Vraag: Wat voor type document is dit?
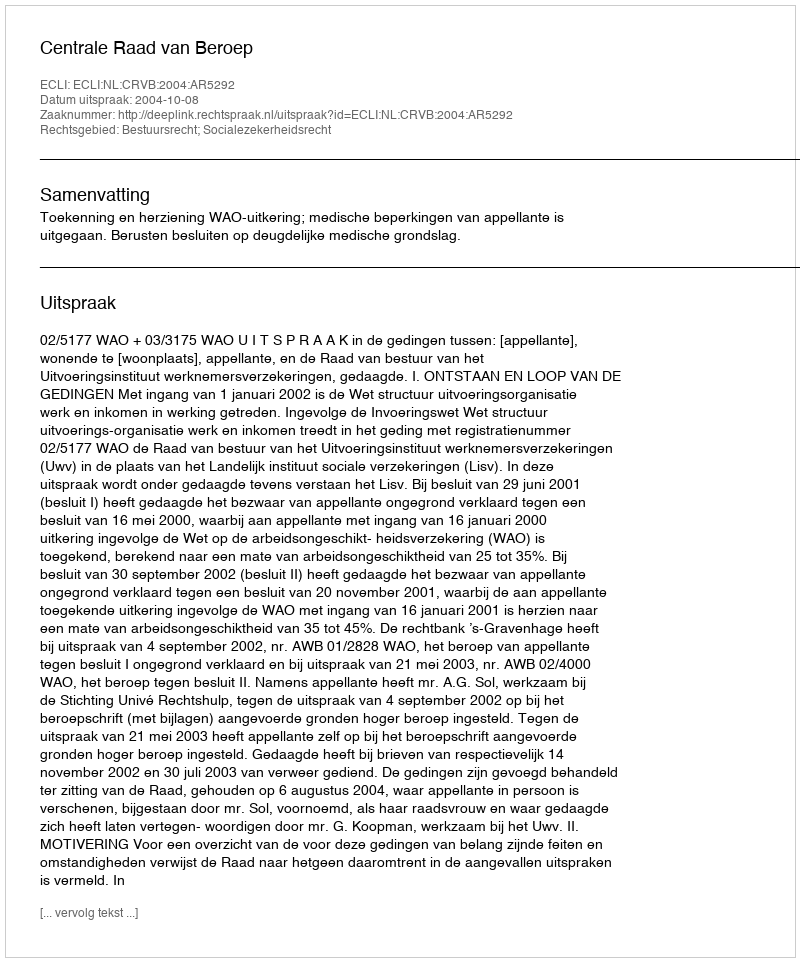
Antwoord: Uitspraak